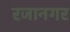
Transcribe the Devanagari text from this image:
रजानगर